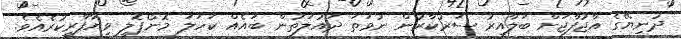
ދުނިޔޭގެ އާޖުފާޖަށް ބަލާއިރު ސަރުކާރުން ނުވަތަ ދައުލަތުން ބައެއް ކަހަލަ މޮނޯޕޮލީ ވިޔާފާރިކުރެއެވެ.